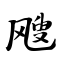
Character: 飕